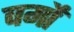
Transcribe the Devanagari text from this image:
वर्मों